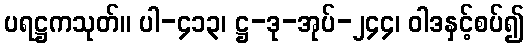
ပရဋ္ဌကသုတ်။ ပါ-၄၁၃၊ ဋ္ဌ-ဒု-အုပ်-၂၄၄၊ ဝါဒနှင့်စပ်၍